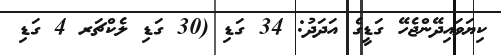
ކިޔަވައިދޭންޖެހޭ ގަޑީގެ އަދަދު: 34 ގަޑި (30 ގަޑި ލެކްޗަރ 4 ގަޑި